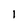
Character: 1